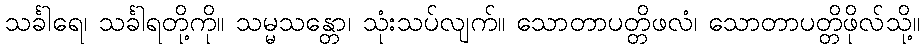
သင်္ခါရေ၊ သင်္ခါရတို့ကို။ သမ္မသန္တော၊ သုံးသပ်လျက်။ သောတာပတ္တိဖလံ၊ သောတာပတ္တိဖိုလ်သို့။